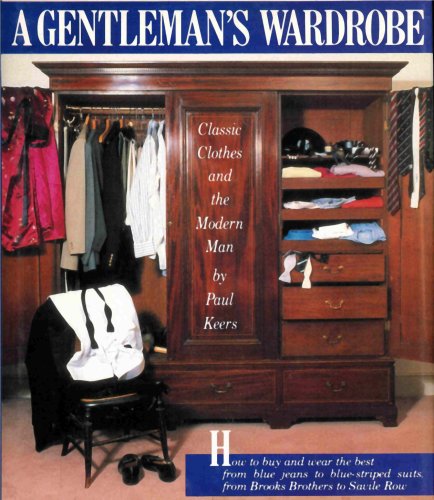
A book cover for A Gentleman's Wardrobe; Paul Keers; Health, Fitness & Dieting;